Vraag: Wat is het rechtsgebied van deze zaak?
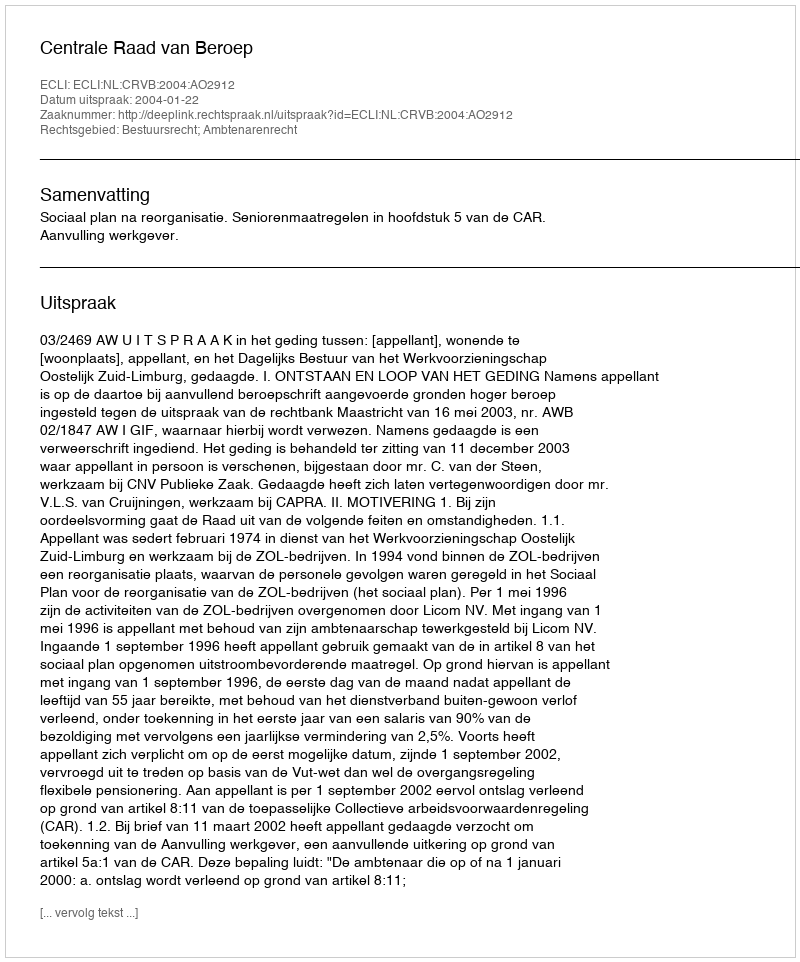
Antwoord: Bestuursrecht; Ambtenarenrecht